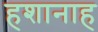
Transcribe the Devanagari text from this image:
हशानाह